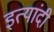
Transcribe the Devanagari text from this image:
इत्यांदी